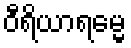
ဝီရိယာရမ္မေ